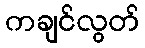
ကချင်လွတ်